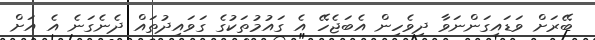
ބޭރަށް ވަޑައިގަންނަވާ ދިވެހިން އެބަޖެހޭ އެ ގައުމުތަކުގެ ގަވައިދުތައް ދެނެގަނެ އެ އަށް